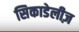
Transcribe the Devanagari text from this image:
सिकाडेलीज़